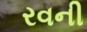
રવની